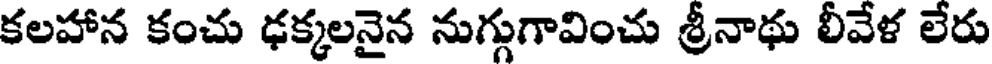
కలహాన కంచు ఢక్కలనైన నుగ్గుగావించు శ్రీనాథు లీవేళ లేరు